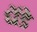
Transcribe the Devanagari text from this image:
धेंडे